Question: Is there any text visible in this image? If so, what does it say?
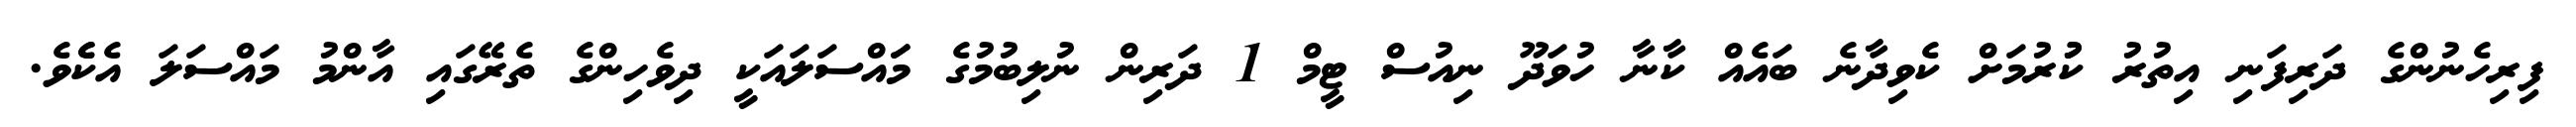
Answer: ފިރިހެނުންގެ ދަރިފަނި އިތުރު ކުުރުމަށް ކެވިދާނެ ބައެއް ކާނާ ހުވަދޫ ނިއުސް ޓީމް 1 ދަރިން ނުލިބުމުގެ މަައްސަލައަކީ ދިވެހިންގެ ތެރޭގައި އާންމު މައްސަލަ އެކެެވެ.